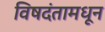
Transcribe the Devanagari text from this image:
विषदंतामधून